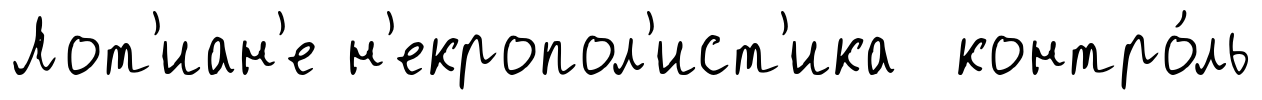
Лот'иан'е н'екропол'ист'ика контро́ль